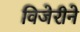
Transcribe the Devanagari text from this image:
विजेरीने